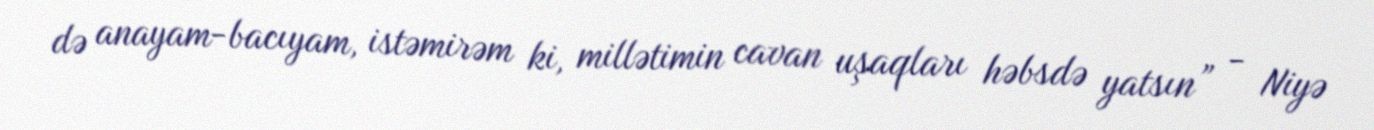
də anayam-bacıyam, istəmirəm ki, millətimin cavan uşaqları həbsdə yatsın” - Niyə